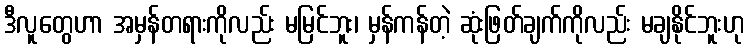
ဒီလူတွေဟာ အမှန်တရားကိုလည်း မမြင်ဘူး၊ မှန်ကန်တဲ့ ဆုံးဖြတ်ချက်ကိုလည်း မချနိုင်ဘူးဟု